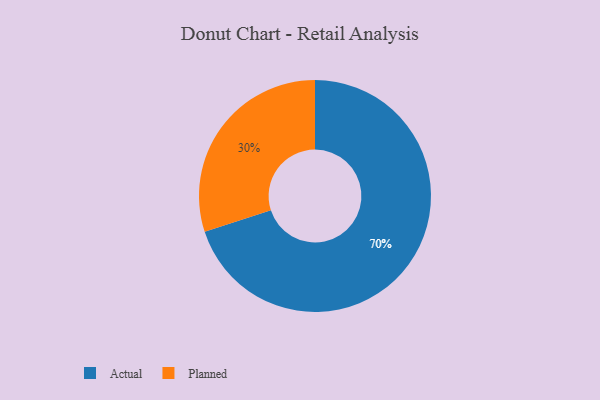
{"axis": {"x": "Category", "y": "Percentage"}, "legend": ["Actual", "Planned"], "data": [{"x": "Planned", "y": 30, "type": "Planned"}, {"x": "Actual", "y": 70, "type": "Actual"}]}